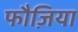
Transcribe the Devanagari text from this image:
फौज़िया